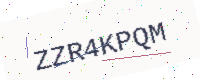
Text: ZZR4KPQM